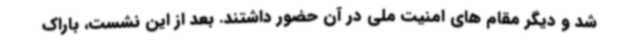
شد و دیگر مقام های امنیت ملی در آن حضور داشتند. بعد از این نشست، باراک